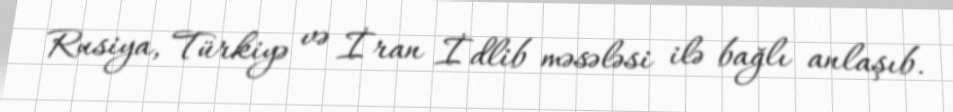
Rusiya, Türkiyə və İran İdlib məsələsi ilə bağlı anlaşıb.